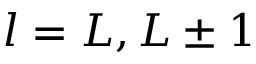
l = L , L \pm 1